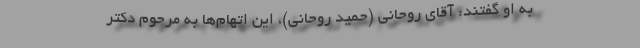
به او گفتند: آقای روحانی (حمید روحانی)، این اتهام‌ها به مرحوم دکتر